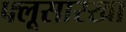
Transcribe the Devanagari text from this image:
फ्लूसारखा